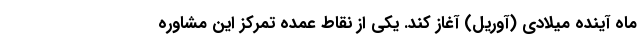
ماه آینده میلادی (آوریل) آغاز کند. یکی از نقاط عمده تمرکز این مشاوره